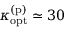
\kappa _ { \mathrm { o p t } } ^ { \mathrm { ( p ) } } \simeq 3 0